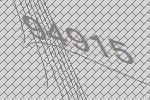
94915